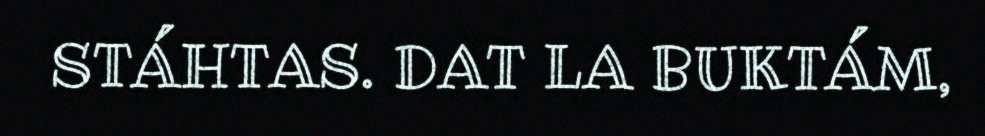
STÁHTAS. DAT LA BUKTÁM,